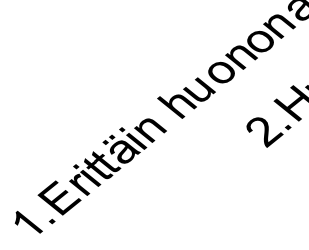
1. Eritt äi n h u o n o 2 n